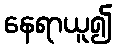
နေရာယူ၍